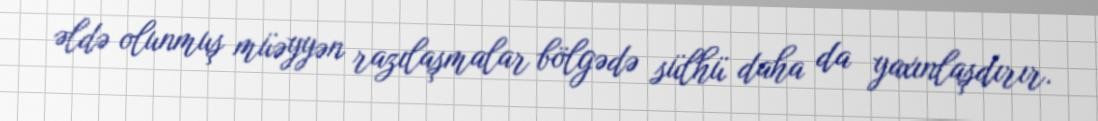
əldə olunmuş müəyyən razılaşmalar bölgədə sülhü daha da yaxınlaşdırır.